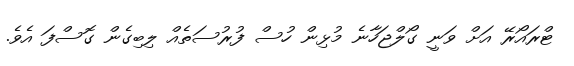
ޓްރައޯރޭ އަށް ވަނީ ގޯލްޖަހާނެ މުޅިން ހުސް ފުރުސަތެއް ލިބިގެން ގޮސްފަ އެވެ.